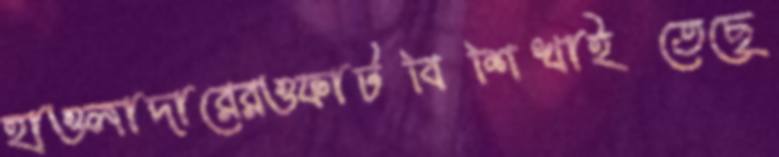
হাওলাদারেরওফাটবিশিখাইতেছে